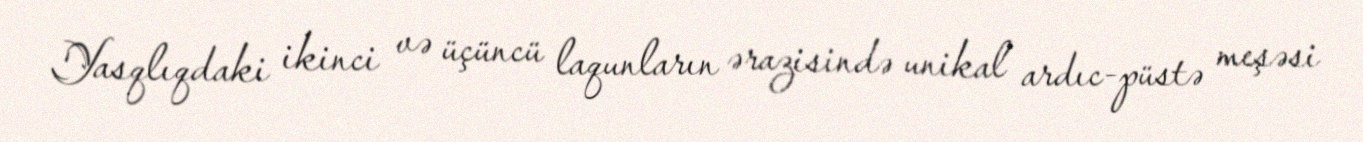
Yasqlıqdaki ikinci və üçüncü laqunların ərazisində unikal ardıc-püstə meşəsi